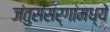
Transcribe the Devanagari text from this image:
जंतुसंसर्गांमध्ये